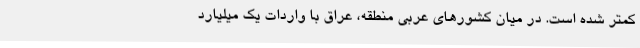
کمتر شده است. در میان کشورهای عربی منطقه، عراق با واردات یک میلیارد